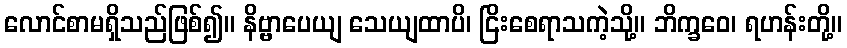
လောင်စာမရှိသည်ဖြစ်၍။ နိဗ္ဗာပေယျ သေယျထာပိ၊ ငြိးစေရာသကဲ့သို့။ ဘိက္ခဝေ၊ ရဟန်းတို့။